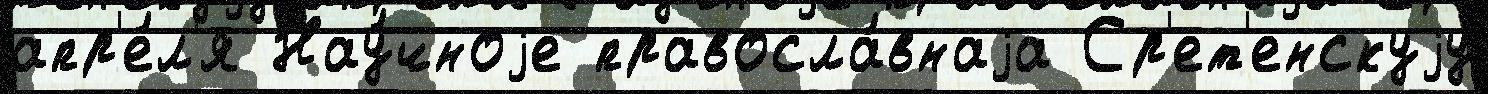
апр'е́л'я Нау́чноjе правосла́внаjа Ср'ет'енскуjу